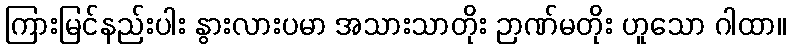
ကြားမြင်နည်းပါး နွားလားပမာ အသားသာတိုး ဉာဏ်မတိုး ဟူသော ဂါထာ။